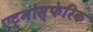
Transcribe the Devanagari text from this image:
एट्मोस्फेरिक